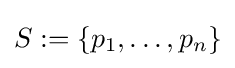
S:=\{p_{1},\ldots ,p_{n}\}